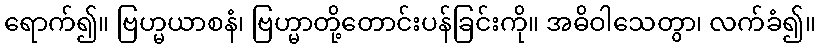
ရောက်၍။ ဗြဟ္မယာစနံ၊ ဗြဟ္မာတို့တောင်းပန်ခြင်းကို။ အဓိဝါသေတွာ၊ လက်ခံ၍။